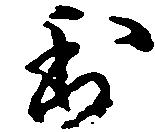
利